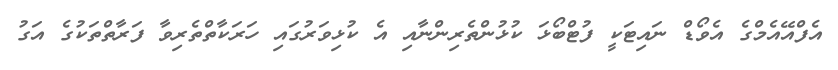
އެފްއޭޭއެމްގެ އެވޯޑް ނައިޓަކީ ފުޓްބޯޅަ ކުޅުންތެރިންނާއި އެ ކުޅިވަރުގައި ހަރަކާތްތެރިވާ ފަރާތްތަކުގެ އަގު